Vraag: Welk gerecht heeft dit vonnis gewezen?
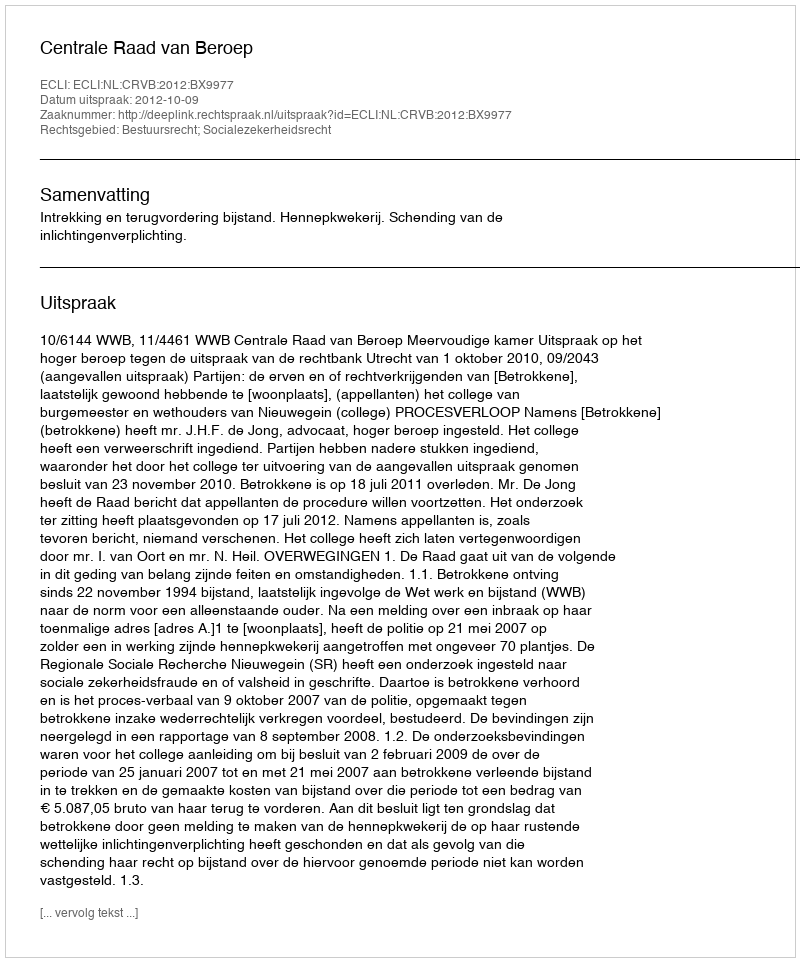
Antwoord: Centrale Raad van Beroep